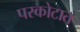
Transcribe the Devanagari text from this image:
परकोटात